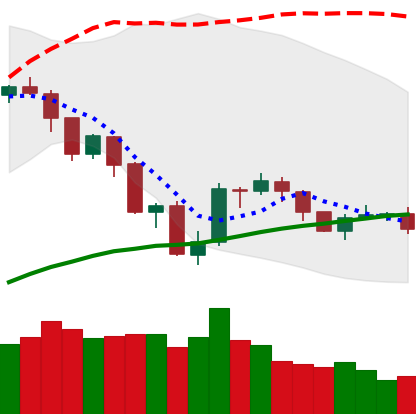
Ticker: NEO-USD
Chart end date: 2019-07-27
Forward return: 4.765%
Label: up_3_5